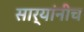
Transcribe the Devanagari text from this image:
सार्‍यांनीच